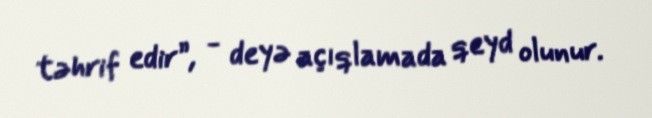
təhrif edir”, - deyə açıqlamada qeyd olunur.